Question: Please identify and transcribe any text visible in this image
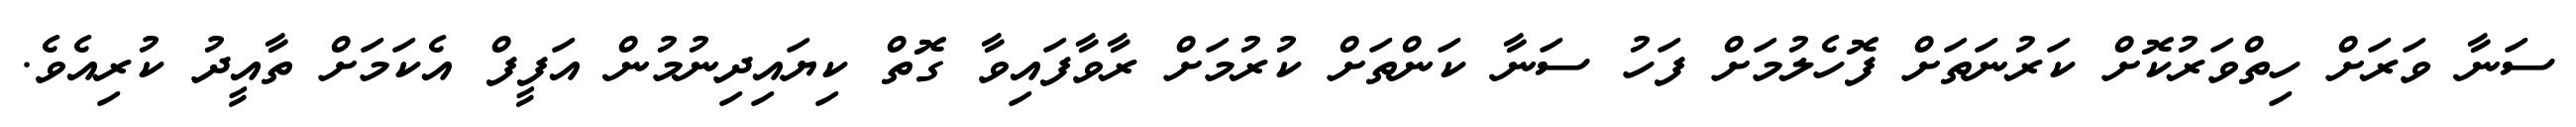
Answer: ސަނާ ވަރަށް ހިތްވަރުކޮށް ކަރުނަތަށް ފޮހެލުމަށް ފަހު ސަނާ ކަންތަށް ކުރުމަށް ރާވާފައިވާ ގޮތް ކިޔައިދިނުމުން އަފީފް އެކަމަށް ތާއީދު ކުރިއެވެ.